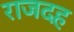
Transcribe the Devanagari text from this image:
राजदह